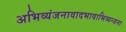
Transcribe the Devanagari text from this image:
अभिव्यंजनावादभावाभिव्यन्जना